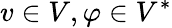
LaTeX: v\in V,\varphi\in V^{*}